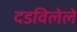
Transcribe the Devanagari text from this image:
दडविलेले